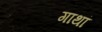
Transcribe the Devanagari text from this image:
गाथां